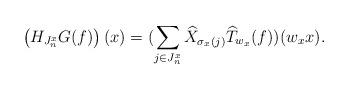
LaTeX: \begin{align*}\left(H_{J_{n}^{x}}G(f)\right)(x)=(\sum_{j \in J_{n}^{x}}\widehat{X}_{\sigma_{x}(j)}\widehat{T}_{w_{x}}(f))(w_{x}x). \end{align*}